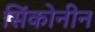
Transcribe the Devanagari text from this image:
सिंकोनीन